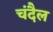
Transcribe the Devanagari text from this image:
चंदैल